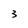
Character: 3